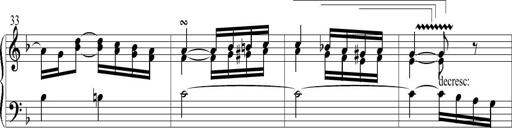
Title: 6 Leichte Sonatinen, Teil 1
Composer: F. Sigismund Sander